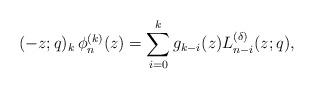
LaTeX: \begin{align*} (-z;q)_k\,\phi_n^{(k)}(z)=\sum_{i=0}^{k}g_{k-i}(z)L_{n-i}^{(\delta)}(z;q), \end{align*}